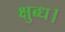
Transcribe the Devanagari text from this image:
क्षुब्ध।